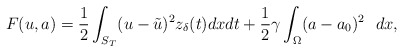
\begin{align*}F(u, a) = \frac{1}{2} \int_{S_T}(u - \tilde{u})^2 z_{\delta }(t) dxdt +\frac{1}{2} \gamma \int_{\Omega}(a - a_0)^2~~ dx,\end{align*}